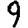
Digit: 9